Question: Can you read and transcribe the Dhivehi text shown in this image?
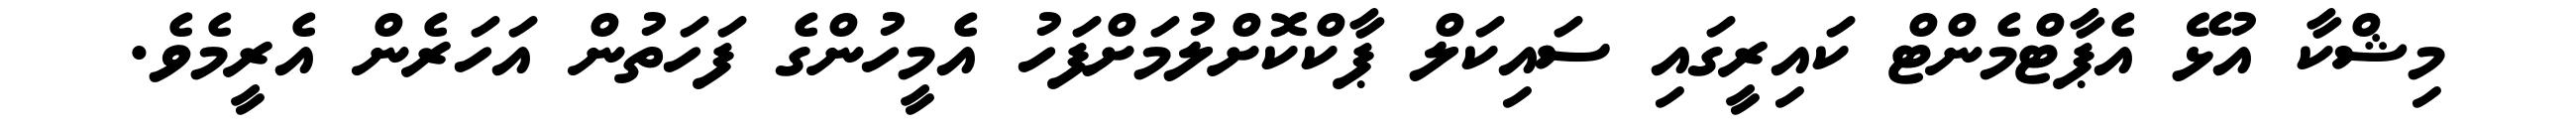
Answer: މިޝްކާ އުޅޭ އެޕާޓްމެންޓް ކައިރީގައި ސައިކަލް ޕާކްކޮށްލުމަށްފަހު އެމީހުންގެ ފަހަތުން އަހަރެން އެރީމެވެ.